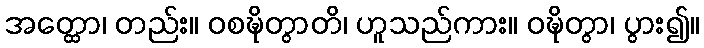
အတ္ထော၊ တည်း။ ဝစဍ္ဎိတွာတိ၊ ဟူသည်ကား။ ဝဍ္ဎိတွာ၊ ပွား၍။